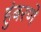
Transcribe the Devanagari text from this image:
हुंबरणे